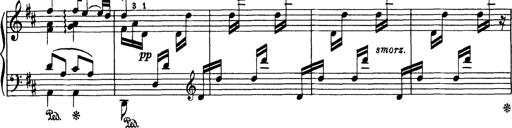
Title: Aus Lohengrin
Composer: Franz Liszt